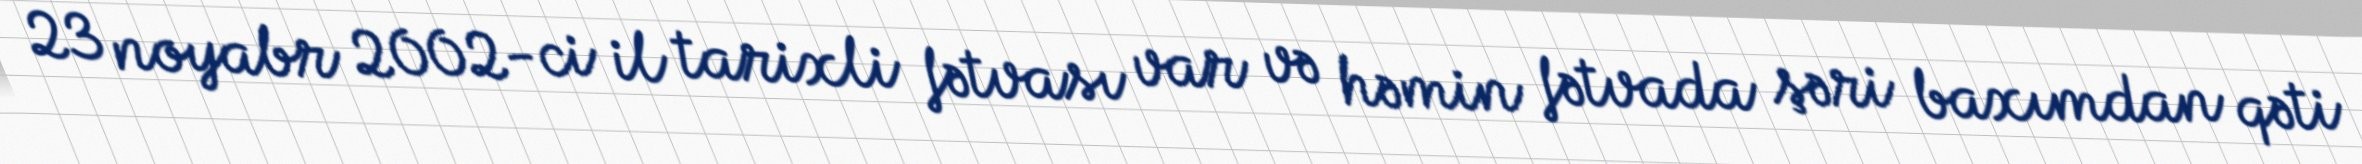
23 noyabr 2002-ci il tarixli fətvası var və həmin fətvada şəri baxımdan qəti